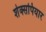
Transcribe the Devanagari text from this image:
शेक्सपियार